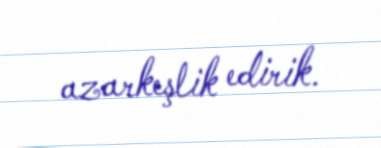
azarkeşlik edirik.